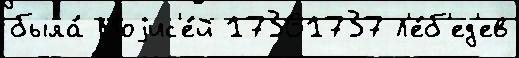
была́ Моjис'е́й 17361737 Л'е́б'ед'ев